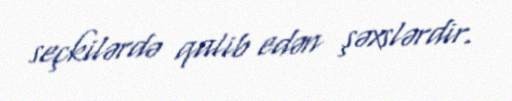
seçkilərdə qalib edən şəxslərdir.